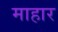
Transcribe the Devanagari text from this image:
माहार